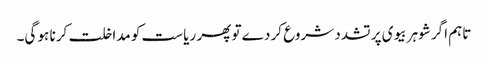
تاہم اگر شوہر بیوی پر تشدد شروع کر دے تو پھر ریاست کو مداخلت کرنا ہو گی۔